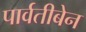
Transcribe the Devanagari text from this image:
पार्वतीबेन